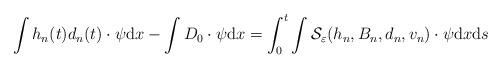
LaTeX: \begin{align*}\int h_n(t)d_n(t)\cdot\psi {\rm d}x- \int D_0 \cdot\psi{\rm d}x = \int_0^t\int \mathcal{S}_{\varepsilon}(h_n,B_n,d_n,v_n)\cdot\psi {\rm d}x{\rm d}s\end{align*}